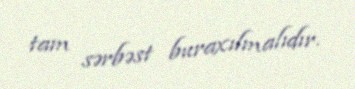
tam sərbəst buraxılmalıdır.